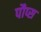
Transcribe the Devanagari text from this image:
पौप्स